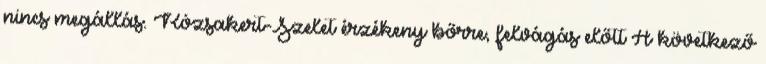
nincs megállás. Rózsakert-Szelet érzékeny bőrre, felvágás előtt A következő